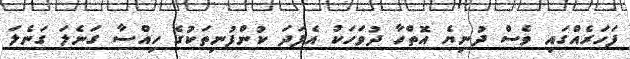
ފަހަރެއްގައި ވެސް ދުނިޔެ އޮތްހާ ދުވަހަކު އެފަދަ ކުންފުނިތަކުގެ ހިއްސާ ގަނެލަ ގަނެލަ